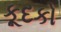
કૂદકો